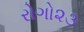
રોગો૨૩